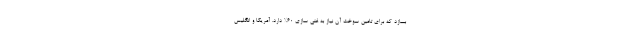
بسازد که برای تامین سوخت آن نیاز به غنی سازی ۶۰% دارد. آمریکا و انگلیس